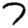
Digit: 7